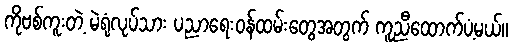
ကိုဗစ်ကူးတဲ့ မဲရုံလုပ်သား ပညာရေးဝန်ထမ်းတွေအတွက် ကူညီထောက်ပံ့မယ်။